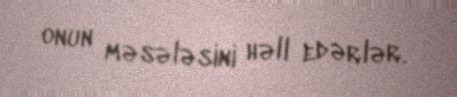
onun məsələsini həll edərlər.